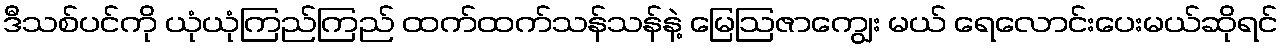
ဒီသစ်ပင်ကို ယုံယုံကြည်ကြည် ထက်ထက်သန်သန်နဲ့ မြေဩဇာကျွေး မယ် ရေလောင်းပေးမယ်ဆိုရင်